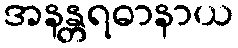
အနန္တရဓာနာယ